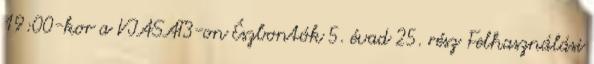
19:00-kor a VIASAT3-on Észbontók 5. évad 25. rész Felhasználási